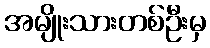
အမျိုးသားတစ်ဦးမှ